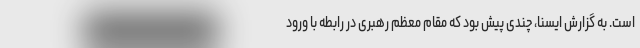
است. به گزارش ایسنا، چندی پیش بود که مقام معظم رهبری در رابطه با ورود